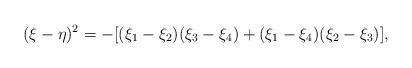
LaTeX: \begin{align*}(\xi-\eta)^2 = -[ (\xi_1-\xi_2)(\xi_3-\xi_4)+ (\xi_1-\xi_4)(\xi_2-\xi_3)],\end{align*}